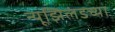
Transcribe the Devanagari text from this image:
न्यूझिलंडच्या